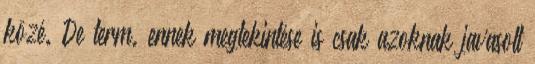
közé. De term. ennek megtekintése is csak azoknak javasolt